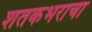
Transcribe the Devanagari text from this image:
शतकभराचा